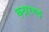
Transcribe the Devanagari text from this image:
कटारगढ़